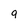
Character: 9